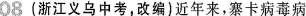
08(浙江义乌中考，改编)近年来，寨卡病毒病